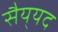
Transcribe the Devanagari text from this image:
सैय्‌यद